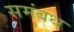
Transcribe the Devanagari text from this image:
समंबध